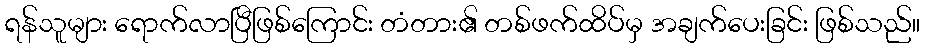
ရန်သူများ ရောက်လာပြီဖြစ်ကြောင်း တံတား၏ တစ်ဖက်ထိပ်မှ အချက်ပေးခြင်း ဖြစ်သည်။